Annual report of the Bengal Veterinary College and of the Civil Veterinary Department, Bengal, for the year 1908-1909 - 1908-1909
Year: 1908
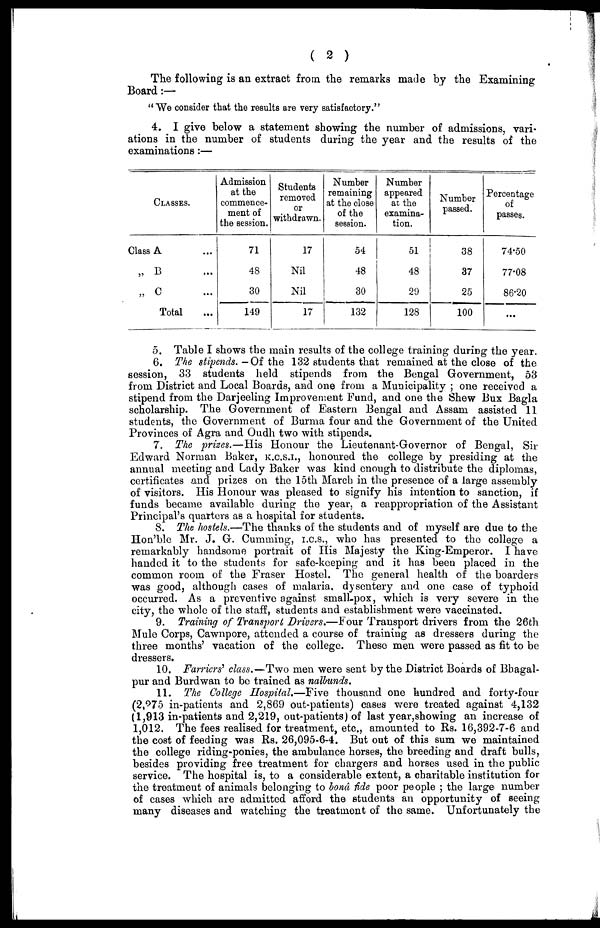
The following is an extract from the remarks made by the Examining
Board:—
"We consider that the results are very satisfactory."
4. I give below a statement showing the number of admissions, vari¬
ations in the number of students during the year and the results of the
examinations:—
CLASSES.
Class A ...
„ B ...
„ C ...
Total ...
Admission
at the
commence-
ment of
the session.
71
48
30
149
Students
removed
or
withdrawn.
17
Nil
Nil
17
Number
remaining
at the close
of the
session.
54
48
30
132
Number
appeared
at the
examina-
tion.
51
48
29
128
Number
passed.
38
37
25
100
Percentage
of
passes.
74.50
77.08
86.20
...
5. Table I shows the main results of the college training during the year.
6. The stipends. -Of the 132 students that remained at the close of the
session, 33 students held stipends from the Bengal Government, 53
from District and Local Boards, and one from a Municipality; one received a
stipend from the Darjeeling Improvement Fund, and one the Shew Bux Bagla
scholarship. The Government of Eastern Bengal and Assam assisted 11
students, the Government of Burma four and the Government of the United
Provinces of Agra and Oudh two with stipends.
7. The prizes.—His
Honour the Lieutenant-Governor of Bengal, Sir
Edward Norman Baker, K.C.S.I., honoured the college by presiding at the
annual meeting and Lady Baker was kind enough to distribute the diplomas,
certificates and prizes on the 15th March in the presence of a large assembly
of visitors. His Honour was pleased to signify his intention to sanction, if
funds became available during the year, a reappropriation of the Assistant
Principal's quarters as a hospital for students.
8. The hostels.—The thanks of the students and of myself are due to the
Hon'ble Mr. J. G. Gumming, I.C.S., who has presented to the college a
remarkably handsome portrait of His Majesty the King-Emperor. I have
handed it to the students for safe-keeping and it has been placed in the
common room of the Fraser Hostel. The general health of the boarders
was good, although cases of malaria, dysentery and one case of typhoid
occurred. As a preventive against small-pox, which is very severe in the
city, the whole of the staff, students and establishment were vaccinated.
9. Training of Transport Drivers,—Four Transport drivers from the 26th
Mule Corps, Cawnpore, attended a course of training as dressers during the
three months' vacation of the college. These men were passed as fit to be
dressers.
10. Farriers' class.—Two men were sent by the District Boards of Bbagal-
pur and Burdwan to be trained as nalbunds.
11. The College Hospital.—Five
thousand one hundred and forty-four
(2,275 in-patients and 2,869 out-patients) cases were treated against 4,132
(1,913 in-patients and 2,219, out-patients) of last year,showing an increase of
1,012. The fees realised for treatment, etc., amounted to Rs. 16,392-7-6 and
the cost of feeding was Rs. 26,095-6-4. But out of this sum we maintained
the college riding-ponies, the ambulance horses, the breeding and draft bulls,
besides providing free treatment for chargers and horses used in the public
service. The hospital is, to a considerable extent, a charitable institution for
the treatment of animals belonging to bond fide poor people; the large number
of cases which are admitted afford the students an opportunity of seeing
many diseases and watching the treatment of the same. Unfortunately the